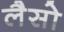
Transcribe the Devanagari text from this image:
लैसो